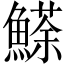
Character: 𩻓